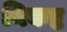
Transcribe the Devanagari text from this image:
निकष्ट